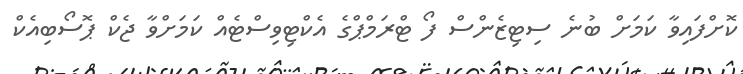
ކޮށްފައިވާ ކަމަށް ބުނެ ސިޓިޒެންސް ފޯ ޓްރަމްޕްގެ އެކްޓިވިސްޓެއް ކަމަށްވާ ޖެކް ޕޮސޯބިއެކް